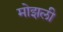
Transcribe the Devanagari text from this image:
मोझली